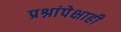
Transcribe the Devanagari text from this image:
प्रश्नांपेक्षाही